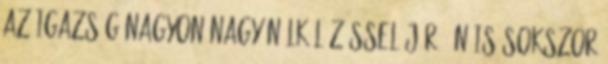
az igazság nagyon nagy nélkülözéssel jár. Én is sokszor